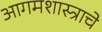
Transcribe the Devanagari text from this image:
आगमशास्त्राचे